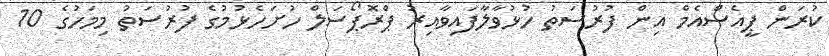
ކުރަން ޕީއެސްއެމް އިން ފުރުސަތު ހުޅުވާލާފައިވާއިރު ޕްރޮޕޯސަލް ހުށަހެޅުމުގެ ފުރުސަތު މިމަހުގެ 10